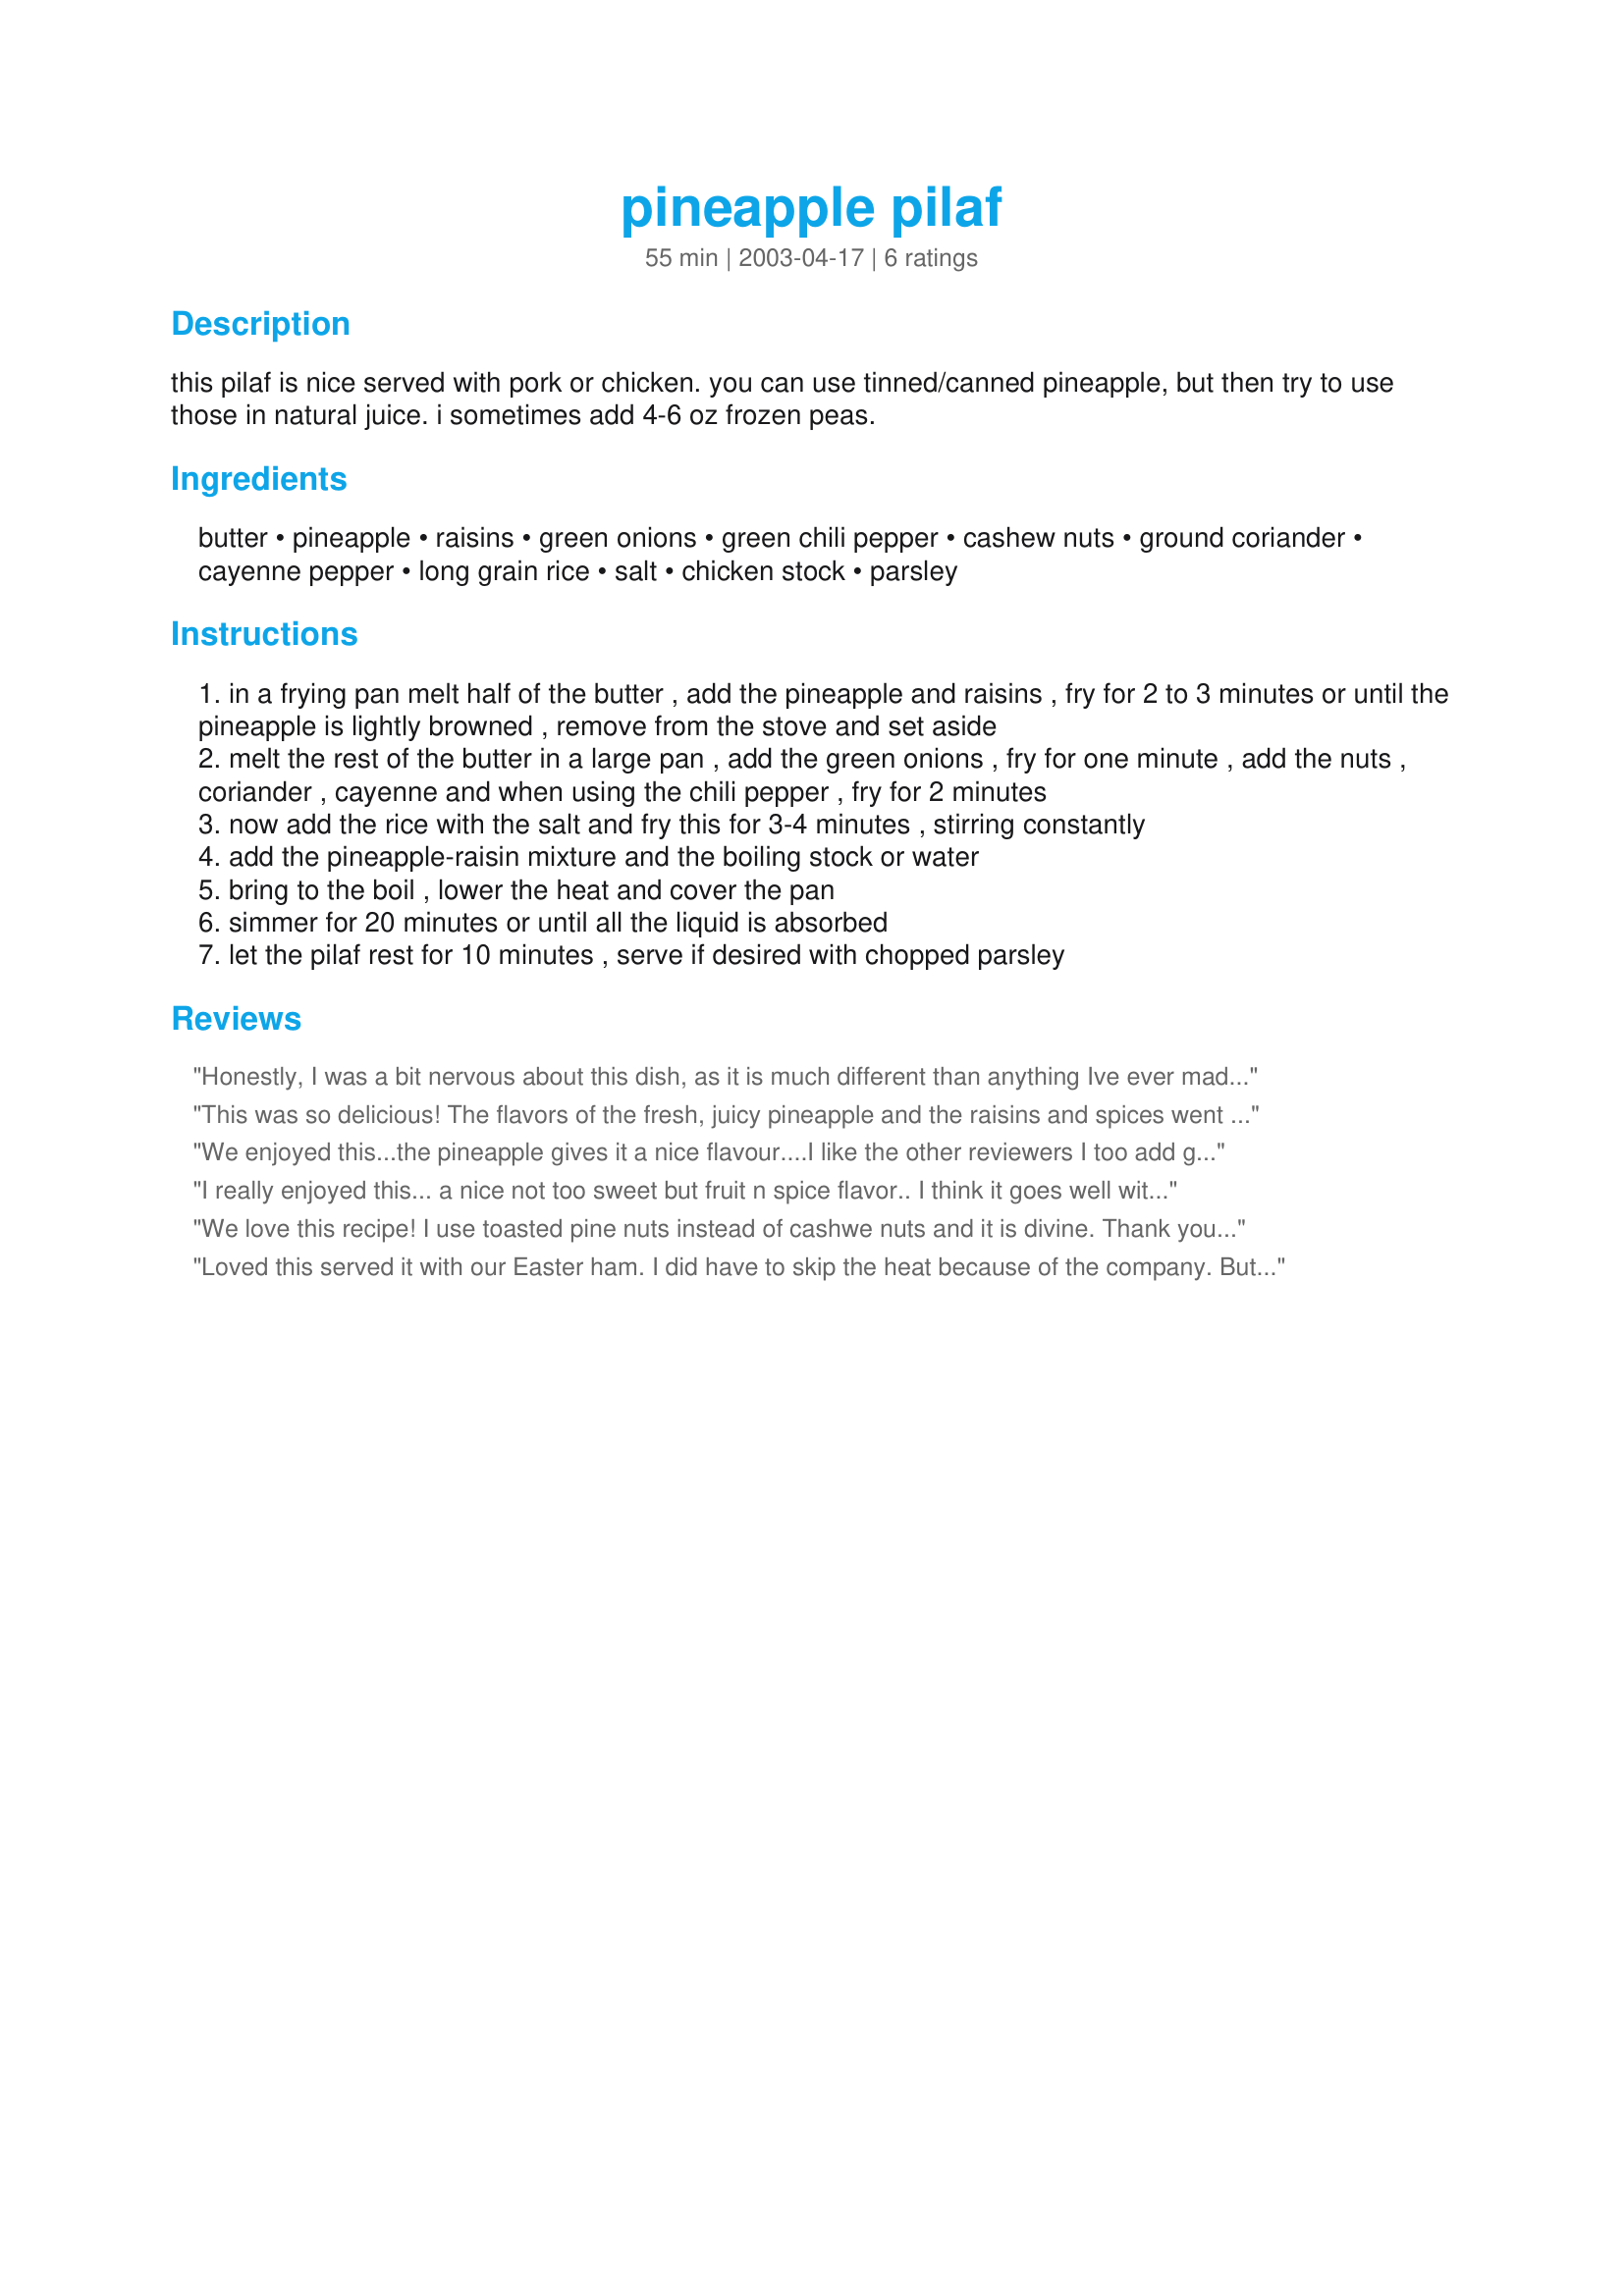
pineapple pilaf
Preparation time: 55 minutes

this pilaf is nice served with pork or chicken. you can use tinned/canned pineapple, but then try to use those in natural juice. i sometimes add 4-6 oz frozen peas.

Ingredients:
butter, pineapple, raisins, green onions, green chili pepper, cashew nuts, ground coriander, cayenne pepper, long grain rice, salt, chicken stock, parsley

Steps:
in a frying pan melt half of the butter , add the pineapple and raisins , fry for 2 to 3 minutes or until the pineapple is lightly browned , remove from the stove and set aside
melt the rest of the butter in a large pan , add the green onions , fry for one minute , add the nuts , coriander , cayenne and when using the chili pepper , fry for 2 minutes
now add the rice with the salt and fry this for 3-4 minutes , stirring constantly
add the pineapple-raisin mixture and the boiling stock or water
bring to the boil , lower the heat and cover the pan
simmer for 20 minutes or until all the liquid is absorbed
let the pilaf rest for 10 minutes , serve if desired with chopped parsley

Reviews:
Honestly, I was a bit nervous about this dish, as it is much different than anything Ive ever made. However, I found it to be absolutely delicious! I added a bit of ground cardamom as Rita did, because I thought it was an excellent suggestion :-) I loved the addition of pineapples and raisins! I cant eat pineapple very often, but boy this is worth it. The dish is fabulous!!! I served with a bit of chopped parsley to garnish. Thanks for this wonderful recipe! I might even be able to get my family to try this next time I am home, hehe. Thanks again!!!

This was so delicious! The flavors of the fresh, juicy pineapple and the raisins and spices went so well together. I did all of the pan sauteeing as directed, then instead of simmering on the stove top, I poured everything into my electric rice cooker. Everyone loved this great sidedish.
We enjoyed this...the pineapple gives it a nice flavour....I like the other reviewers I too add ground cardamom which gives the dish a nice smell and flavour.
I really enjoyed this... a nice not too sweet but fruit n spice flavor.. I think it goes well with pork.
We love this recipe! I use toasted pine nuts instead of cashwe nuts and it is divine. Thank you Pets'R'Us
Loved this served it with our Easter ham. I did have to skip the heat because of the company. But will make it again with it. I also added ground cardamom in place of the coriander.
